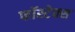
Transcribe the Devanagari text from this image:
फॉस्टेक्स